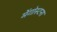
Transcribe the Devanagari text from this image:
मेंगोस्टना